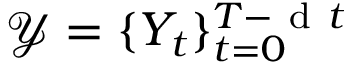
\mathcal { Y } = \{ Y _ { t } \} _ { t = 0 } ^ { T - \mathrm { ~ d ~ } t }